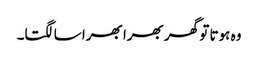
وہ ہوتا تو گھر بھرا بھرا سا لگتا۔